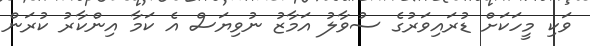
ވަކި މީހަކަށް ޑުރައިވަރުގެ ސުވާލު އަމާޒު ނުވިޔަސް އެ ކަމާ އިންކާރު ކުރަން